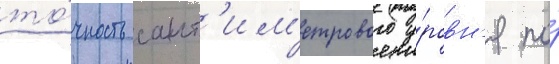
то́чность сант'им'етрового у́ровн'я по́